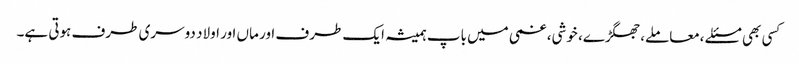
کسی بھی مسئلے ،معاملے، جھگڑے، خوشی، غمی میں باپ ہمیشہ ایک طرف اور ماں اور اولاد دوسری طرف ہوتی ہے۔